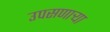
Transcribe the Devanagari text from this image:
उपसणाऱ्या